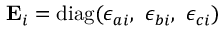
{ \mathbf E _ { i } } = \mathrm { d i a g } ( \epsilon _ { a i } , ~ \epsilon _ { b i } , ~ \epsilon _ { c i } )